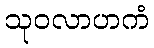
သုဝလာဟကံ